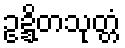
ဥဍ္ဍိတသုတ္တံ